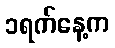
၁ရက်နေ့က